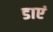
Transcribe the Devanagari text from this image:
डाएं